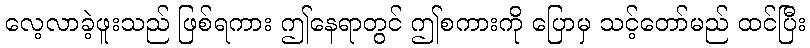
လေ့လာခဲ့ဖူးသည် ဖြစ်ရကား ဤနေရာတွင် ဤစကားကို ပြောမှ သင့်တော်မည် ထင်ပြီး